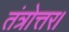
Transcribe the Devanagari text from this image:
तंत्रोत्तर।